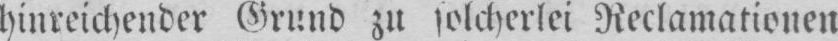
hinreichender Grund zu solcherlei Reklamationen